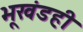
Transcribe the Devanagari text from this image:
भूखंडही